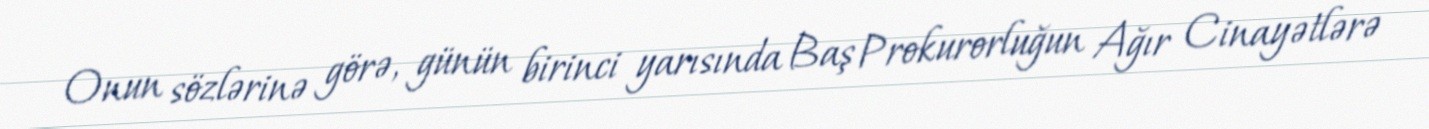
Onun sözlərinə görə, günün birinci yarısında Baş Prokurorluğun Ağır Cinayətlərə